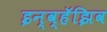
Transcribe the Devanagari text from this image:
इन्व्हॅझिव